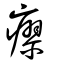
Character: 瘳